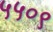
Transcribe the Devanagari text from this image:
५५०९